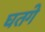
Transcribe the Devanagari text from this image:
घतगे